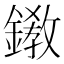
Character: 𨬊